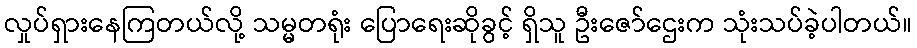
လှုပ်ရှားနေကြတယ်လို့ သမ္မတရုံး ပြောရေးဆိုခွင့် ရှိသူ ဦးဇော်ဌေးက သုံးသပ်ခဲ့ပါတယ်။